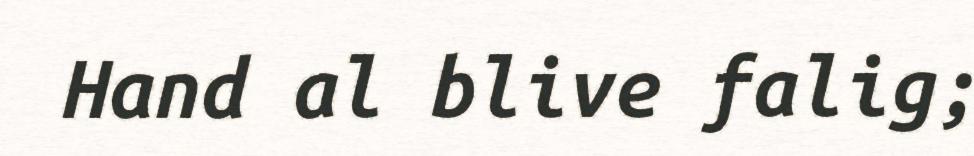
Hand al blive falig;